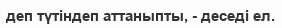
деп түтіндеп аттаныпты, - деседі ел.